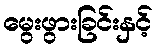
မွေးဖွားခြင်းနှင့်